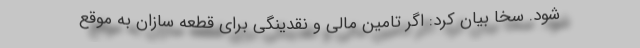
شود. سخا بیان کرد: اگر تامین مالی و نقدینگی برای قطعه سازان به موقع